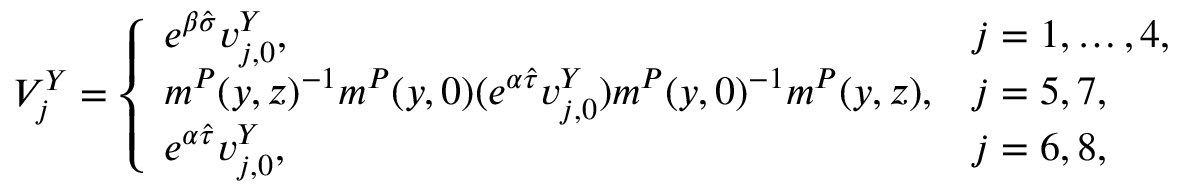
\begin{array} { r } { V _ { j } ^ { Y } = \left\{ \begin{array} { l l } { e ^ { \beta \hat { \sigma } } v _ { j , 0 } ^ { Y } , } & { j = 1 , \dots , 4 , } \\ { m ^ { P } ( y , z ) ^ { - 1 } m ^ { P } ( y , 0 ) ( e ^ { \alpha \hat { \tau } } v _ { j , 0 } ^ { Y } ) m ^ { P } ( y , 0 ) ^ { - 1 } m ^ { P } ( y , z ) , } & { j = 5 , 7 , } \\ { e ^ { \alpha \hat { \tau } } v _ { j , 0 } ^ { Y } , } & { j = 6 , 8 , } \end{array} \right. } \end{array}